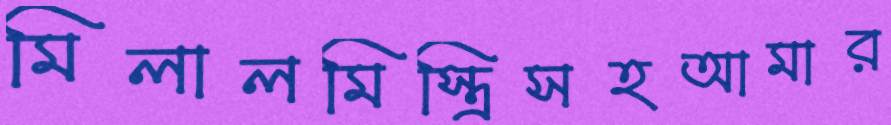
মিলালমিস্ত্রিসহআমার